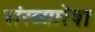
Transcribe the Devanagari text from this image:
संख्यारेषा